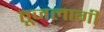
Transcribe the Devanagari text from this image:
तूजलागी